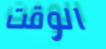
الوقت